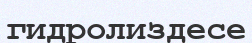
гидролиздесе